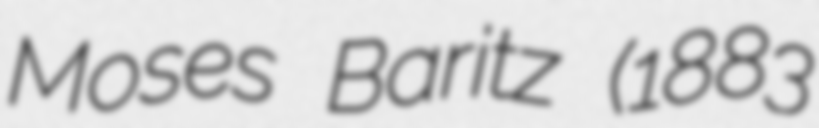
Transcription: Moses Baritz (1883